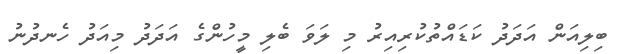
ބިލިއަން އަދަދު ކަޑައްތުކުރިއިރު މި ލަވަ ބެލި މީހުންގެ އަދަދު މިއަދު ހެނދުނު